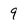
Character: 9